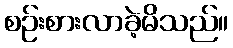
စဉ်းစားလာခဲ့မိသည်။